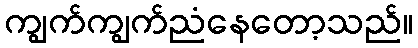
ကျွက်ကျွက်ညံနေတော့သည်။